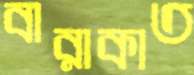
বারাকাত